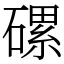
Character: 磥